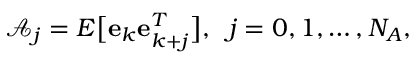
\begin{array} { r } { \mathcal { A } _ { j } = E \big [ \mathbf { e } _ { k } \mathbf { e } _ { k + j } ^ { T } \big ] , \; \; j = 0 , 1 , \ldots , N _ { A } , } \end{array}